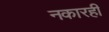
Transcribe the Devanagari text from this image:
नकारही